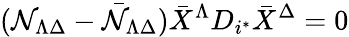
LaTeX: ({\cal N}_{\Lambda\Delta}-{\bar{\cal N}}_{\Lambda\Delta}){\bar{X}}^{\Lambda}D_{i^{*}}{\bar{X}}^{\Delta}=0